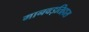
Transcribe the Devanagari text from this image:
मानवइतिहास